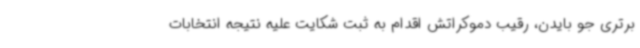
برتری جو بایدن، رقیب دموکراتش اقدام به ثبت شکایت علیه نتیجه انتخابات